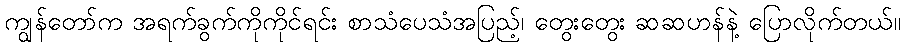
ကျွန်တော်က အရက်ခွက်ကိုကိုင်ရင်း စာသံပေသံအပြည့်၊ တွေးတွေး ဆဆဟန်နဲ့ ပြောလိုက်တယ်။